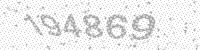
Solution: 194869